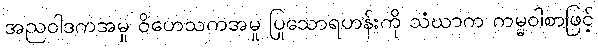
အညဝါဒကအမှု ဝိဟေသကအမှု ပြုသောရဟန်းကို သံဃာက ကမ္မဝါစာဖြင့်